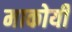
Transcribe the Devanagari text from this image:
माकोयी